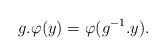
\begin{align*}g.\varphi(y)=\varphi(g^{-1}.y).\end{align*}